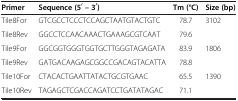
<table><thead><tr><td><b>Primer</b></td><td><b>Sequence (5′ – 3′)</b></td><td><b>Tm (°C)</b></td><td><b>Size (bp)</b></td></tr></thead><tbody><tr><td>Tile8For</td><td>GTCGCCTCCCTCCAGCTAATGTACTGTC</td><td>78.7</td><td>3102</td></tr><tr><td>Tile8Rev</td><td>GGCCTCCAACAAACTGAAAGCGTCAAT</td><td>79.6</td><td> </td></tr><tr><td>Tile9For</td><td>GGCGGTGGGTGGTGCTTGGGTAGAGATA</td><td>83.9</td><td>1806</td></tr><tr><td>Tile9Rev</td><td>GATGACAAGAGCGGCCGACAGTACATTA</td><td>78.8</td><td> </td></tr><tr><td>Tile10For</td><td>CTACACTGAATTATACTGCGTGAAC</td><td>65.5</td><td>1390</td></tr><tr><td>Tile10Rev</td><td>TAGAGCTCGACCAGATCCTGATATAGAC</td><td>71.1</td><td> </td></tr></tbody></table>